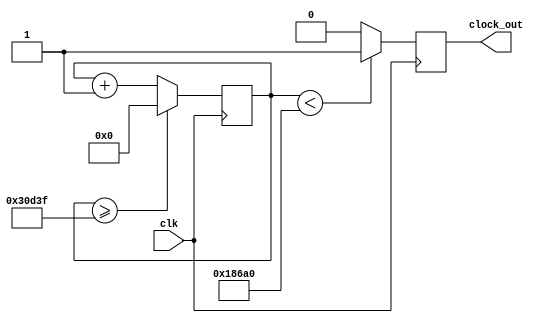
`timescale 1ns / 1ps
//////////////////////////////////////////////////////////////////////////////////
// Company: 
// Engineer: 
// 
// Design Name: 
// Module Name:    clock_divider 
// Project Name: 
// Target Devices: 
// Tool versions: 
// Description: 
//
// Dependencies: 
//
// Revision: 
// Revision 0.01 - File Created
// Additional Comments: 
//
//////////////////////////////////////////////////////////////////////////////////
module clock_divider(
		clk,
		clock_out
    );
	input clk;										// input clock on FPGA
	output reg clock_out;								// output clock after dividing the input clock by divisor
	reg[27:0] counter=28'd0;
	parameter DIVISOR = 28'd200000;

	always @(posedge clk) begin
		counter <= counter + 28'd1;
		if(counter>=(DIVISOR-1))
			counter <= 28'd0;
		clock_out <= (counter<DIVISOR/2)?1'b1:1'b0;
	end
endmodule